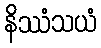
နိဿံသယံ